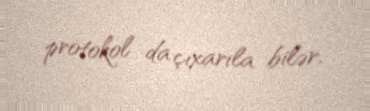
protokol da çıxarıla bilər.